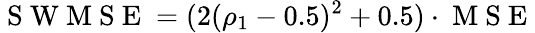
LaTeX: \mathrm{~S~W~M~S~E~}=(2(\rho_{1}-0.5)^{2}+0.5)\cdot\mathrm{~M~S~E~}